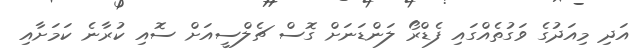
އަދި މިއަދުގެ ވަގުތެއްގައި ފެޑްރޯ ލަންޑަނަށް ގޮސް ޗެލްސީއަށް ސޮއި ކުރާނެ ކަމަށާއި